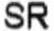
SR